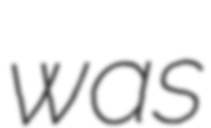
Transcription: was